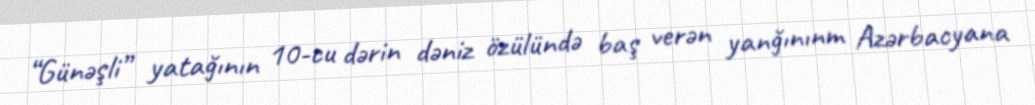
“Günəşli” yatağının 10-cu dərin dəniz özülündə baş verən yanğınınm Azərbacyana